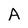
Character: A